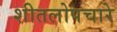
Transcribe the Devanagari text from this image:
शीतलोपचारे